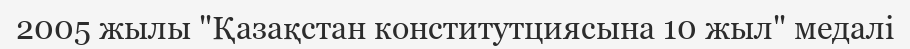
2005 жылы "Қазақстан конститутциясына 10 жыл" медалі